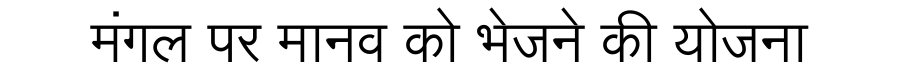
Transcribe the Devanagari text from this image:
मंगल पर मानव को भेजने की योजना